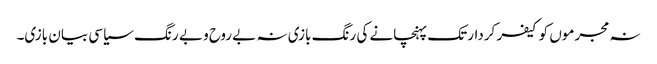
نہ مجرموں کو کیفر کردار تک پہنچانے کی رنگ بازی نہ بے روح و بے رنگ سیاسی بیان بازی۔